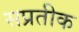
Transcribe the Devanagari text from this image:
सप्रतीक